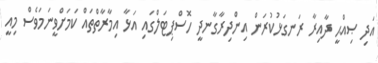
އަދި ޞިއްޙީ ދާއިރާ ރަނގަޅުކުރަން އިންދިރާގާނދީ ހޮސްޕިޓަލްގައި އަޅާ އިމާރާތްތައް ކަމަށްވީނަމަވެސް މިއީ